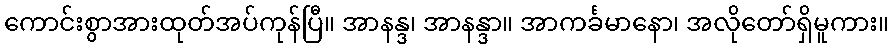
ကောင်းစွာအားထုတ်အပ်ကုန်ပြီ။ အာနန္ဒ၊ အာနန္ဒာ။ အာကင်္ခမာနော၊ အလိုတော်ရှိမူကား။